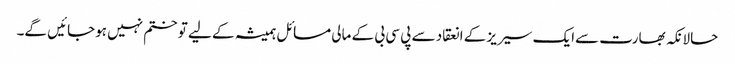
حالانکہ بھارت سےایک سیریز کے انعقاد سے پی سی بی کے مالی مسائل ہمیشہ کے لیے تو ختم نہیں ہوجائیں گے۔